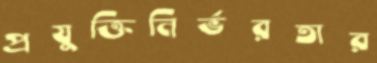
প্রযুক্তিনির্ভরতার